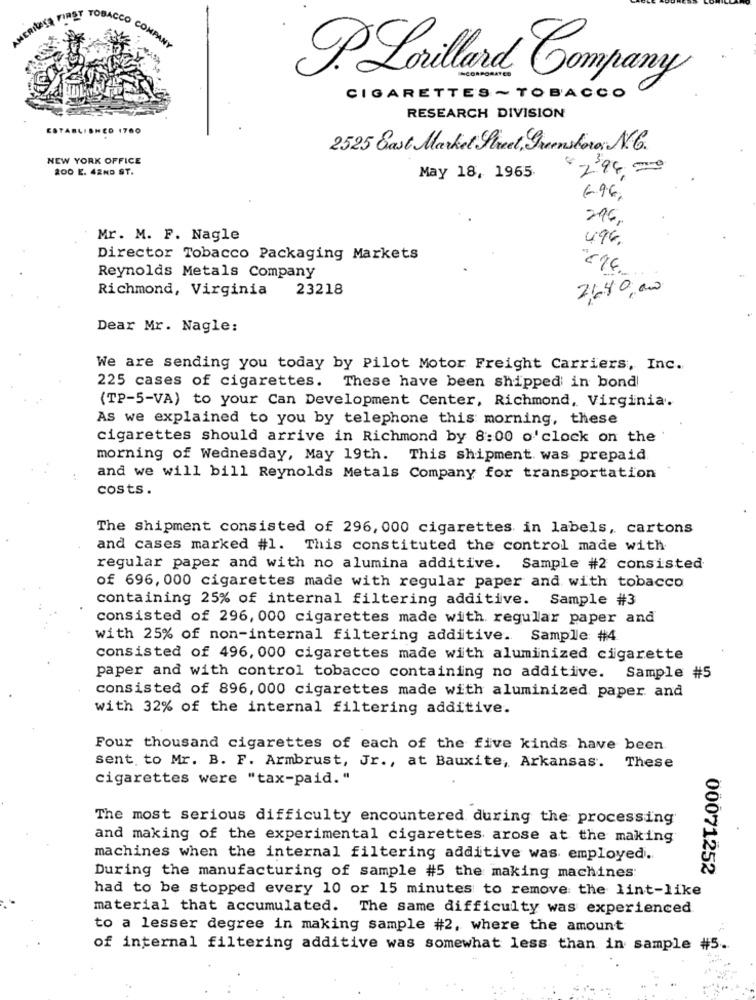
RIOSA FIRET TOBACCO CON
P.Lorillard Company
CIGARETTES ~TOBACCO
RESEARCH DIVISION
ESTABLISHED 1760
2525 East Market Street, Greensboro N.
NEW YORK OFFICE
200 E. 42ND ST.
May 18, 1965.
6.96,
294,
Mr. M. F. Nagle
496.
Director Tobacco Packaging Markets
Reynolds Metals Company
Richmond, Virginia
23218
2,40,0
Dear Mr. Nagle:
We are sending you today by Pilot Motor Freight Carriers, Inc.
225 cases of cigarettes. These have been shipped in bond!
(TP-5-VA) to your Can Development Center, Richmond, Virginia.
As we explained to you by telephone this morning, these
cigarettes should arrive in Richmond by 8:00 o'clock on the
morning of Wednesday, May 19th. This shipment. was prepaid
and we will bill Reynolds Metals Company for transportation
costs.
The shipment consisted of 296, 000 cigarettes in labels, cartons
and cases marked #1. This constituted the control made with
regular paper and with no alumina additive. Sample #2 consisted
of 696, 000 cigarettes made with regular paper and with tobacco
containing 25% of internal filtering additive. Sample #3
consisted of 296, 000 cigarettes made with regular paper and
with 25% of non-internal filtering additive. Sample #4
consisted of 496, 000 cigarettes made with aluminized cigarette
paper and with control tobacco containing no additive. Sample #5
consisted of 896, 000 cigarettes made with aluminized paper and
with 32% of the internal filtering additive.
Four thousand cigarettes of each of the five kinds have been
sent to Mr. B. F. Armbrust, Jr ., at Bauxite, Arkansas. These
cigarettes were "tax-paid. "
The most serious difficulty encountered during the processing
and making of the experimental cigarettes arose at the making
machines when the internal filtering additive was employed.
00071252
During the manufacturing of sample #5 the making machines:
had to be stopped every 10 or 15 minutes to remove the lint-like
material that accumulated. The same difficulty was experienced
to a lesser degree in making sample #2, where the amount
of internal filtering additive was somewhat less than in sample #5.